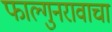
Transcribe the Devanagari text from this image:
फाल्गुनरावाचा